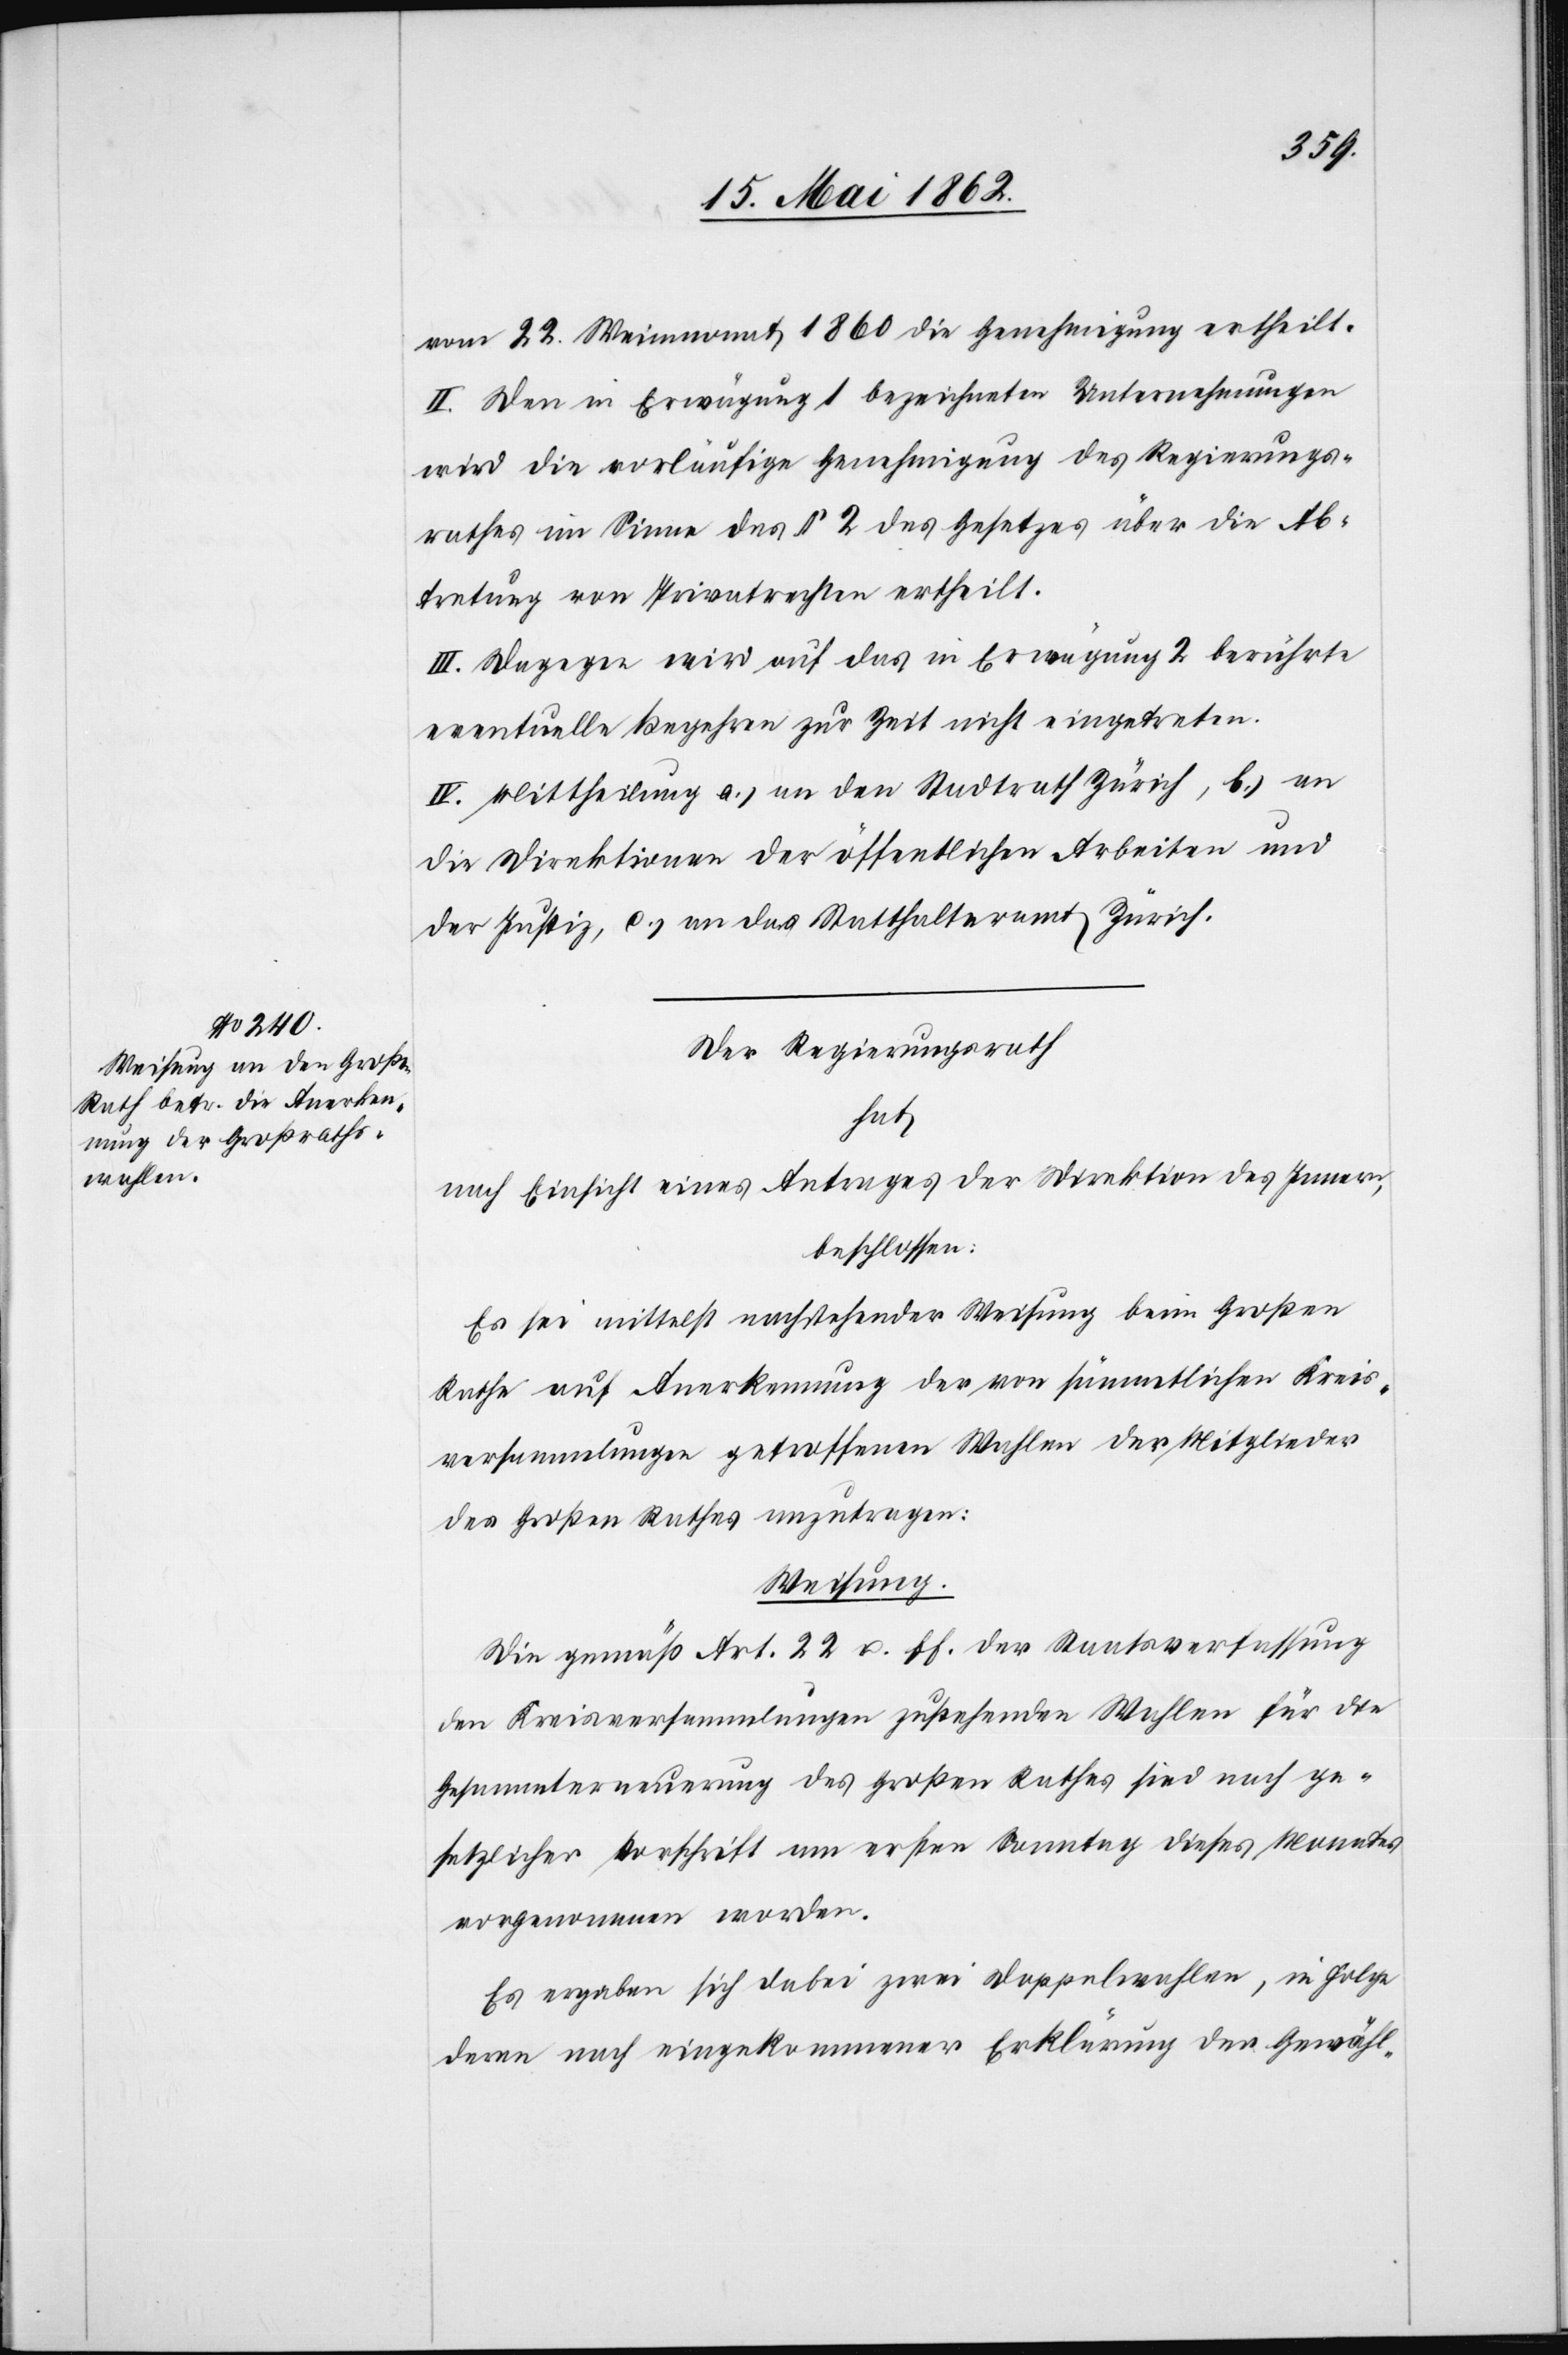
vom 22. Weinmonat 1860 die Genehmigung ertheilt.
II. Den in Erwägung 1 bezeichneten Unternehmungen
wird die vorläufige Genehmigung des Regierungs¬
rathes im Sinne des § 2 des Gesetzes über die Ab¬
tretung von Privatrechten ertheilt.
III. Dagegen wird auf das in Erwägung 2 berührte
eventuelle Begehren zur Zeit nicht eingetreten.
IV. Mittheilung a.) an den Stadtrath Zürich, b.) an
die Direktionen der öffentlichen Arbeiten und
der Justiz, c.) an das Statthalteramt Zürich.
Der Regierungsrath
hat
nach Einsicht eines Antrages der Direktion des Innern,
beschlossen:
Es sei mittelst nachstehender Weisung beim Großen
Rathe auf Anerkennung der von sämmtlichen Kreis¬
versammlungen getroffenen Wahlen der Mitglieder
des Großen Rathes anzutragen:
Weisung.
Die gemäß Art. 22 u. ff. der Staatsverfassung
den Kreisversammlungen zustehenden Wahlen für die
Gesammterneuerung des Großen Rathes sind nach ge¬
setzlicher Vorschrift am ersten Sonntag dieses Monates
vorgenommen worden.
Es ergeben sich dabei zwei Doppelwahlen, in Folge
deren nach eingekommener Erklärung den Gewähl-